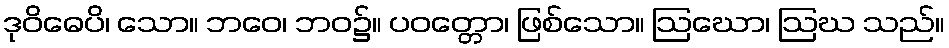
ဒုဝိဓေပိ၊ သော။ ဘဝေ၊ ဘဝ၌။ ပဝတ္တော၊ ဖြစ်သော။ ဩဃော၊ ဩဃ သည်။